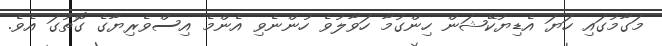
މަގާމުގައި ހަޔަ އެޑިޔުކޭޝަން ހިންގުމާ ހަވާލުވެ ހުންނެވި އެންމެ އިސްވެރިޔާގެ ގޮތުގަ އެވެ.